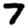
Digit: 7